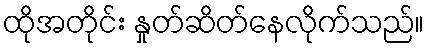
ထိုအတိုင်း နှုတ်ဆိတ်နေလိုက်သည်။